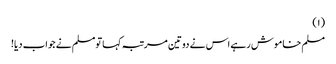
(١)
مسلم خاموش رہے اس نے دوتین مرتبہ کہا تومسلم نے جواب دیا!